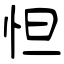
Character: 怛